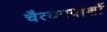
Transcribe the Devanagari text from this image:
चैत्यगवाक्षों